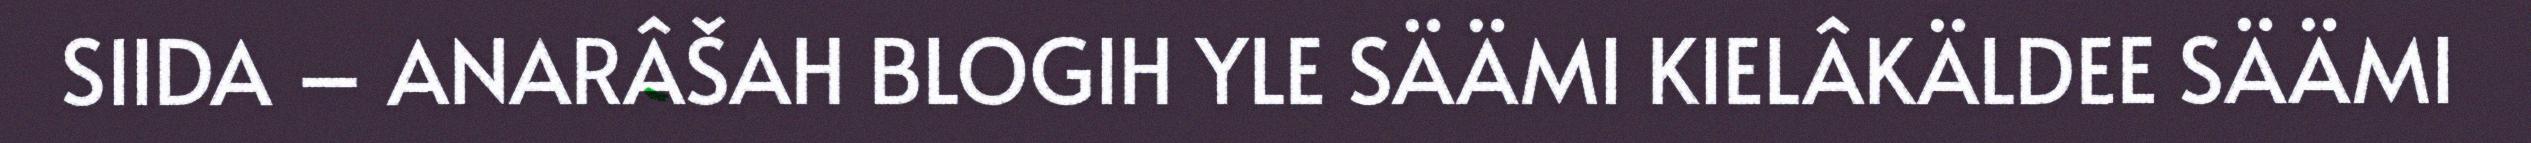
SIIDA – ANARÂŠAH BLOGIH YLE SÄÄMI KIELÂKÄLDEE SÄÄMI